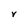
Character: V